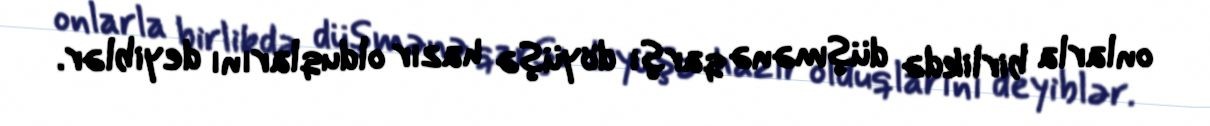
onlarla birlikdə düşmənə qarşı döyüşə hazır olduqlarını deyiblər.